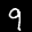
Label: 9